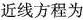
近线方程为